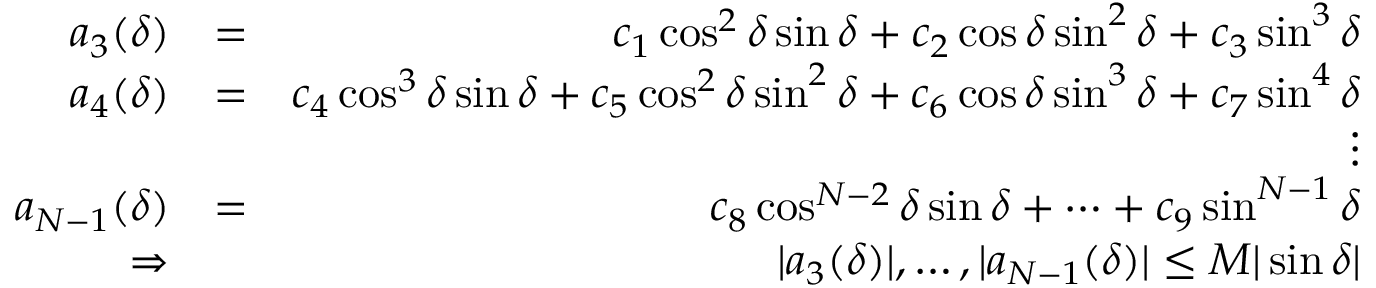
\begin{array} { r l r } { a _ { 3 } ( \delta ) } & { = } & { c _ { 1 } \cos ^ { 2 } \delta \sin \delta + c _ { 2 } \cos \delta \sin ^ { 2 } \delta + c _ { 3 } \sin ^ { 3 } \delta } \\ { a _ { 4 } ( \delta ) } & { = } & { c _ { 4 } \cos ^ { 3 } \delta \sin \delta + c _ { 5 } \cos ^ { 2 } \delta \sin ^ { 2 } \delta + c _ { 6 } \cos \delta \sin ^ { 3 } \delta + c _ { 7 } \sin ^ { 4 } \delta } \\ & { } & { \vdots } \\ { a _ { N - 1 } ( \delta ) } & { = } & { c _ { 8 } \cos ^ { N - 2 } \delta \sin \delta + \cdots + c _ { 9 } \sin ^ { N - 1 } \delta } \\ { \Rightarrow } & { } & { | a _ { 3 } ( \delta ) | , \ldots , | a _ { N - 1 } ( \delta ) | \leq M | \sin \delta | } \end{array}